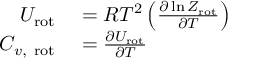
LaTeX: \begin{array} { r l } { U _ { \mathrm { r o t } } } & { { } = R T ^ { 2 } \left( { \frac { \partial \ln Z _ { \mathrm { r o t } } } { \partial T } } \right) } \\ { C _ { v , { \mathrm { ~ r o t } } } } & { { } = { \frac { \partial U _ { \mathrm { r o t } } } { \partial T } } } \end{array}